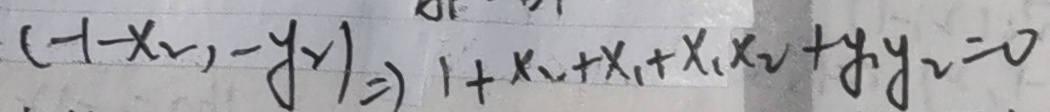
( - 1 - x _ { 2 } ) - y _ { 2 } ) \Rightarrow 1 + x _ { 2 } + x _ { 1 } + x _ { 1 } x _ { 2 } + y _ { 1 } y _ { 2 } = 0